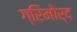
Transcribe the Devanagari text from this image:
ग्रिमोर्द